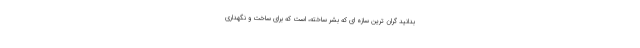
بدانید گران ترین سازه ای که بشر ساخته، است که برای ساخت و نگهداری